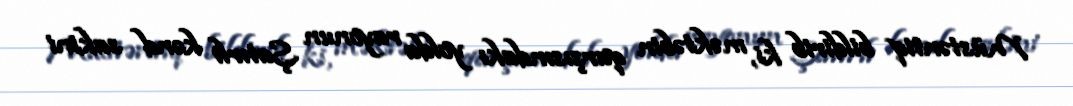
Müstəntiq bildirib ki, məktəbin qarşısındakı yolda rayonun Şatırlı kənd sakini